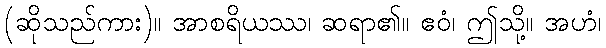
(ဆိုသည်ကား)။ အာစရိယဿ၊ ဆရာ၏။ ဧဝံ၊ ဤသို့။ အဟံ၊